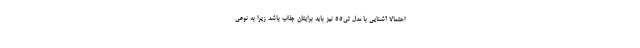
احتمالا آشنایی با مدل تی55 نیز باید برایتان جذاب باشد زیرا به نوعی